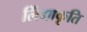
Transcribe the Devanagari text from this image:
लिंगाकृति